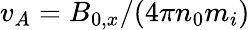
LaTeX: v_{A}=B_{0,x}/(4\pi n_{0}m_{i})